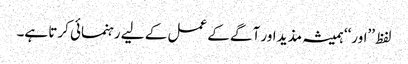
لفظ ’’اور‘‘ ہمیشہ مذید اور آگے کے عمل کے لیے رہنمائی کرتا ہے۔